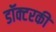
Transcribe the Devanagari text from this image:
डॉक्टरकी